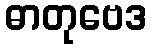
ဓာတုဗေဒ